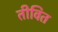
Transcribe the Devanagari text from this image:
तीवित